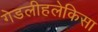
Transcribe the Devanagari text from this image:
गेडलीहलेकिसा